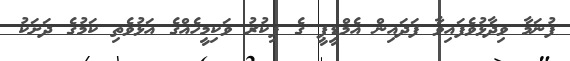
ފުނަމާ ވިދާޅުވެފައިވާ ފަދައިން އެމްޑީޕީ ގެ ފިކުރު ވަކިމީހެއްގެ އަޅުވެތި ކަމުގެ ދަށަކު